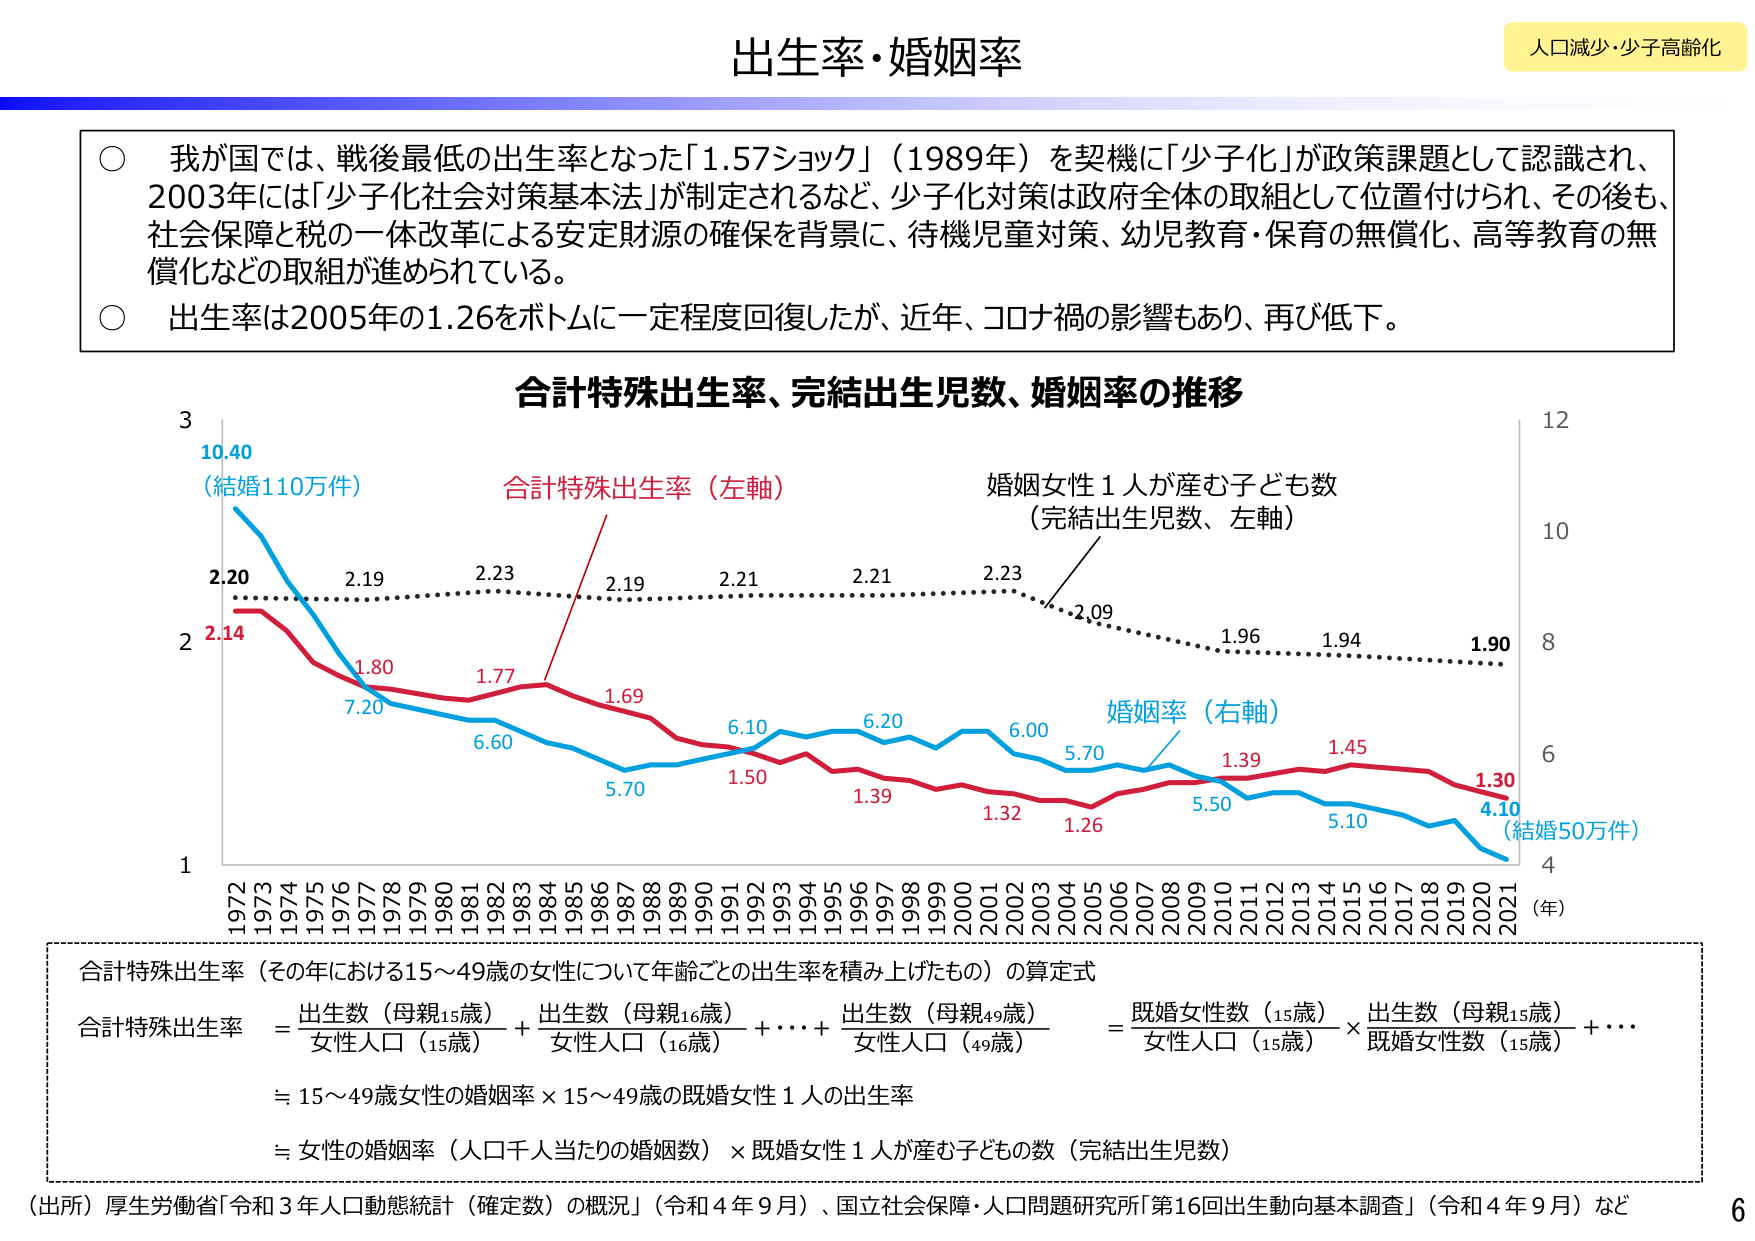
出生率・婚姻率

人口減少・少子高齢化

○ 我が国では、戦後最低の出生率となった「1.57ショック」（1989年）を契機に「少子化」が政策課題として認識され、2003年には「少子化社会対策基本法」が制定されるなど、少子化対策は政府全体の取組として位置付けられ、その後も、社会保障と税の一体改革による安定財源の確保を背景に、待機児童対策、幼児教育・保育の無償化、高等教育の無償化などの取組が進められている。

○ 出生率は2005年の1.26をボトムに一定程度回復したが、近年、コロナ禍の影響もあり、再び低下。

合計特殊出生率、完結出生児数、婚姻率の推移

10.40
（結婚110万件）

合計特殊出生率（左軸）

婚姻女性1人が産む子ども数
（完結出生児数、左軸）

2.20
2.14
2.19
2.23
2.19
2.21
2.21
2.23
2.09
1.96
1.94
1.90

1.80
1.77
1.69
6.10
6.20
6.00
5.70
1.39
1.45
1.30
4.10
（結婚50万件）

婚姻率（右軸）

7.20
6.60
5.70
1.50
1.39
1.32
1.26
5.50
5.10

1
3
12
10
8
6
4

1972 1973 1974 1975 1976 1977 1978 1979 1980 1981 1982 1983 1984 1985 1986 1987 1988 1989 1990 1991 1992 1993 1994 1995 1996 1997 1998 1999 2000 2001 2002 2003 2004 2005 2006 2007 2008 2009 2010 2011 2012 2013 2014 2015 2016 2017 2018 2019 2020 2021 （年）

合計特殊出生率（その年における15～49歳の女性について年齢ごとの出生率を積み上げたもの）の算定式

合計特殊出生率 = 出生数（母親15歳）/女性人口（15歳） + 出生数（母親16歳）/女性人口（16歳） + … + 出生数（母親49歳）/女性人口（49歳）
= 既婚女性数（15歳）/女性人口（15歳） × 出生数（母親15歳）/既婚女性数（15歳） + …

≒ 15～49歳女性の婚姻率 × 15～49歳の既婚女性1人の出生率

≒ 女性の婚姻率（人口千人当たりの婚姻数） × 既婚女性1人が産む子どもの数（完結出生児数）

（出所）厚生労働省「令和3年人口動態統計（確定数）の概況」（令和4年9月）、国立社会保障・人口問題研究所「第16回出生動向基本調査」（令和4年9月）など

6